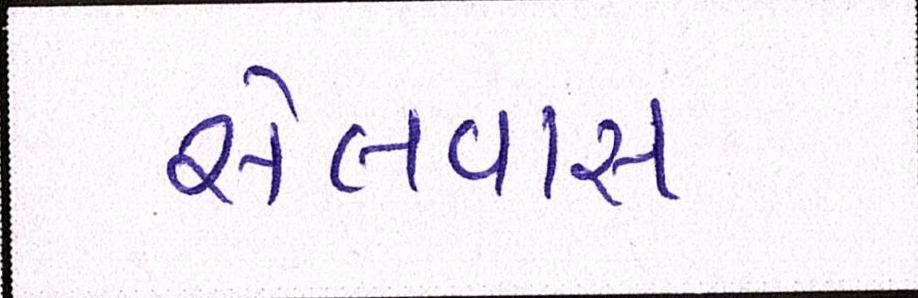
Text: સેલવાસ